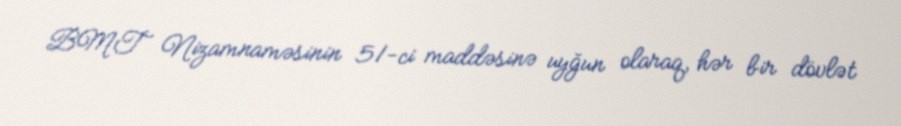
BMT Nizamnaməsinin 51-ci maddəsinə uyğun olaraq, hər bir dövlət